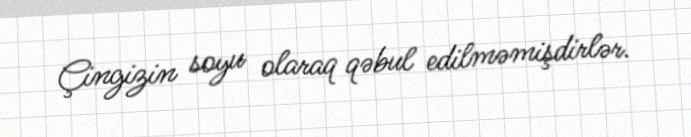
Çingizin soyu olaraq qəbul edilməmişdirlər.